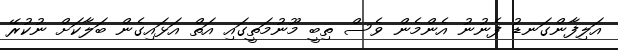
އަލިފާންގަނޑު ފެނުނު އެންމެން ވެސް ތިބީ މޫނުމަތީގައި އަތް އަޅައިގެން ބަލާކަށް ނުކުރޭ